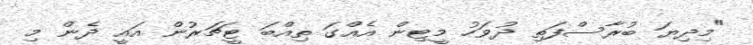
"މިދިޔަ ބުރާސްފަތި ދުވަހު މީޓިން އެއްގަ ތިއްބަ ޓީޗަރުން އައީ ދެން މި